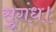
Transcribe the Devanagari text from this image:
सुगंध।